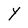
Character: Y